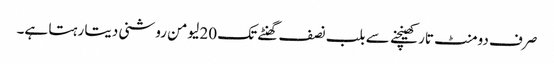
صرف دومنٹ تار کھینچنے سے بلب نصف گھنٹے تک 20 لیومن روشنی دیتا رہتا ہے۔